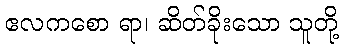
ဧလကစော ရာ၊ ဆိတ်ခိုးသော သူတို့